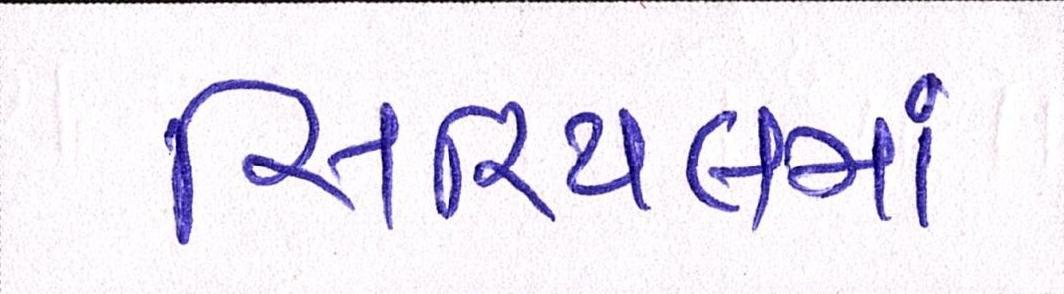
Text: સિરિયલમાં